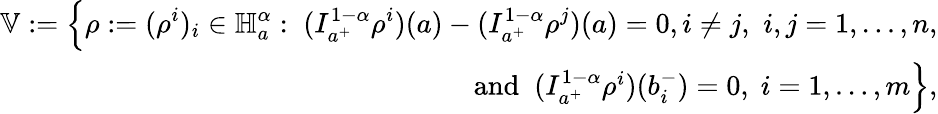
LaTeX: \begin{array}{r}{\mathbb{V}:=\displaystyle\Big\{ \rho:=(\rho^{i})_{i}\in\mathbb H_{a}^{\alpha}:\; (I_{a^{+}}^{1-\alpha}\rho^{i})(a)-(I_{a^{+}}^{1-\alpha}\rho^{j})(a)=0,i\neq j,\, \, i,j=1,\ldots,n,}\\ {\qquad\qquad\qquad\mathrm{~and~}\; (I_{a^{+}}^{1-\alpha}\rho^{i})(b_{i}^{-})=0,\; i=1,\dots,m\Big\} ,}\end{array}